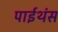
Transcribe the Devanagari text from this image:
पाईथंस